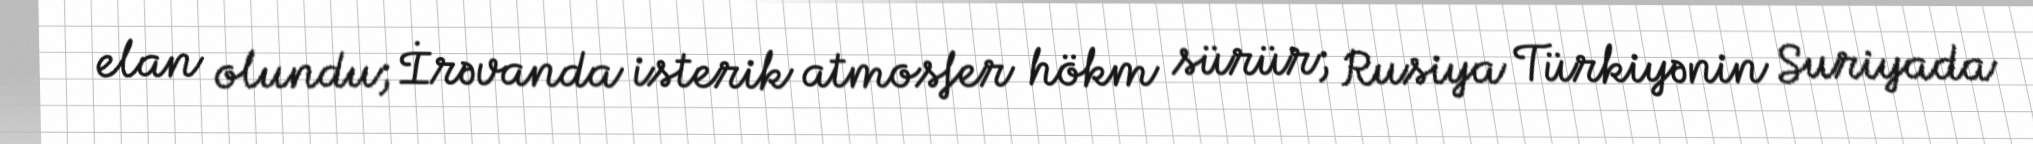
elan olundu; İrəvanda isterik atmosfer hökm sürür; Rusiya Türkiyənin Suriyada